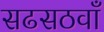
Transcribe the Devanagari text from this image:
सढसठवाँ